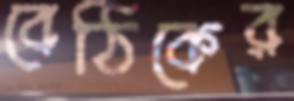
বেঠিকের